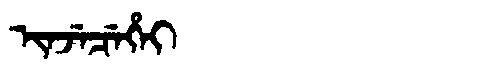
Manchu: ᡳᠨᠵᡝᠴᡝᡥᡝᡳ
Romanization: INJECEHEI